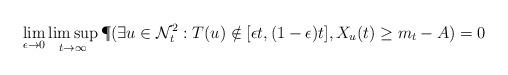
LaTeX: \begin{align*}&\lim_{\epsilon \to 0} \limsup_{t\to \infty} \P(\exists u \in \mathcal{N}^2_t : T(u)\notin [\epsilon t, (1-\epsilon)t], X_u(t)\geq m_t-A)=0\end{align*}